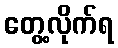
တွေ့လိုက်ရ